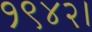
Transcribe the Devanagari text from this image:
१९४२।